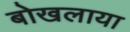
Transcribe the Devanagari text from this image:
बोखलाया